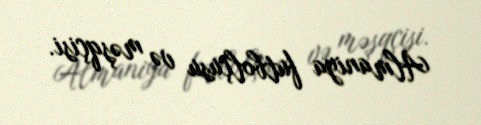
Almaniya futbolçusu və məşqçisi.